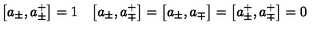
\bigl [ a _ { \pm } , a _ { \pm } ^ { + } \bigr ] = 1 \quad \bigl [ a _ { \pm } , a _ { \mp } ^ { + } \bigr ] = \bigl [ a _ { \pm } , a _ { \mp } \bigr ] = \bigl [ a _ { \pm } ^ { + } , a _ { \mp } ^ { + } \bigr ] = 0